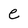
Character: e